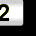
Digit: 2